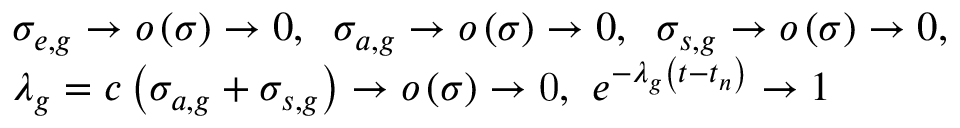
\begin{array} { l } { { \sigma _ { e , g } \to o \left( \sigma \right) \to 0 , \; \; \sigma _ { a , g } \to o \left( \sigma \right) \to 0 , \; \; \sigma _ { s , g } \to o \left( \sigma \right) \to 0 , } } \\ { { \lambda _ { g } = c \left( \sigma _ { a , g } + \sigma _ { s , g } \right) \to o \left( \sigma \right) \to \mathrm { 0 , } \; \; e ^ { - \lambda _ { g } \left( t - t _ { n } \right) } \to 1 } } \end{array}